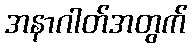
အနာဂါတ်အတွက်